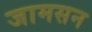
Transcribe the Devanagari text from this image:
जामसन